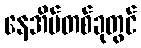
နေအိမ်တစ်ခုတွင်